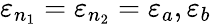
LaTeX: \varepsilon_{n_{1}}=\varepsilon_{n_{2}}=\varepsilon_{a},\varepsilon_{b}